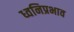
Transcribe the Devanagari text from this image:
ध्वनिप्रभाव